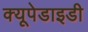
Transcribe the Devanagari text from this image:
क्यूपेडाइडी